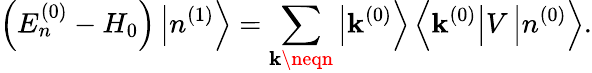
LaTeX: \left(E_{n}^{(0)}-H_{0}\right)\left|n^{(1)}\right\rangle=\sum_{\mathbf{k}\neqn}\left|\mathbf{k}^{(0)}\right\rangle\left\langle\mathbf{k}^{(0)}\right|V\left|n^{(0)}\right\rangle.